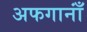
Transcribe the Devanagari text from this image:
अफगानाँं